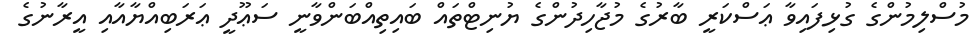
މުސްލިމުންގެ ގުޅިފައިވާ ޢަސްކަރީ ބާރުގެ މުޖާހިދުންގެ ޔުނިޓްތައް ބައިތިއްބަންވާނީ ސަޢޫދީ ޢަރަބިއްޔާއާއި އީރާނުގެ